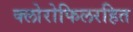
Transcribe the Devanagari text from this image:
क्लोरोफिलरहित